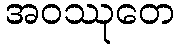
အဝဿုတေ